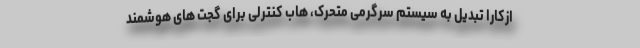
ازکارا تبدیل به سیستم سرگرمی متحرک، هاب کنترلی برای گجت های هوشمند